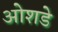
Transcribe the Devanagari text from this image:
ओशडे